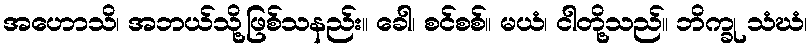
အဟောသိ၊ အဘယ်သို့ဖြစ်သနည်း။ ခေါ၊ စင်စစ်။ မယံ၊ ငါတို့သည်။ ဘိက္ခု သံဃံ၊